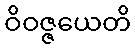
ဝိဝဇ္ဇယေတိ